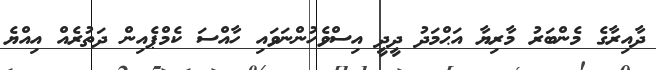
ދާއިރާގެ މެންބަރު މާރިޔާ އަޙްމަދު ދީދީ އިސްވެހުންނަވައި ހާއްސަ ކެމްޕެއިން ދަތުރެއް އިއްޔެ